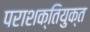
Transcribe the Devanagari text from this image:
पराशक्तियुक्त